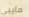
مايبي